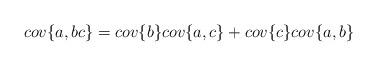
LaTeX: \begin{align*}cov\{a, bc\} = cov\{b\}cov\{a,c\} + cov\{c\}cov\{a,b\}\end{align*}